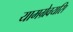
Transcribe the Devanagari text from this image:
यामग्रेवयसि